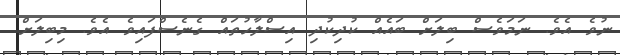
ނުވެ އެެވެ. ނަމަވެސް ބިލަށް ބައެއް ކުދިކުދި އިސްލާހުތައް ގެނެސްފައިވެ އެވެ. މިބިލަށް